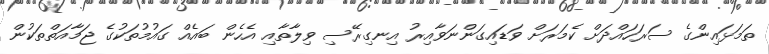
ތަމަޅައިންގެ ސަރަހައްދަށް ކެމަރަށް ވަޑައިގަންނަވާއިރު އިނގިރޭސި ވިލާތާއި އެހެން ބައެއް ގައުމުތަކުގެ ޖަމާއަތްތަކުން